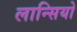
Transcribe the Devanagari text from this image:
लान्सियो